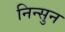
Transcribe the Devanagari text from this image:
निन्सुन